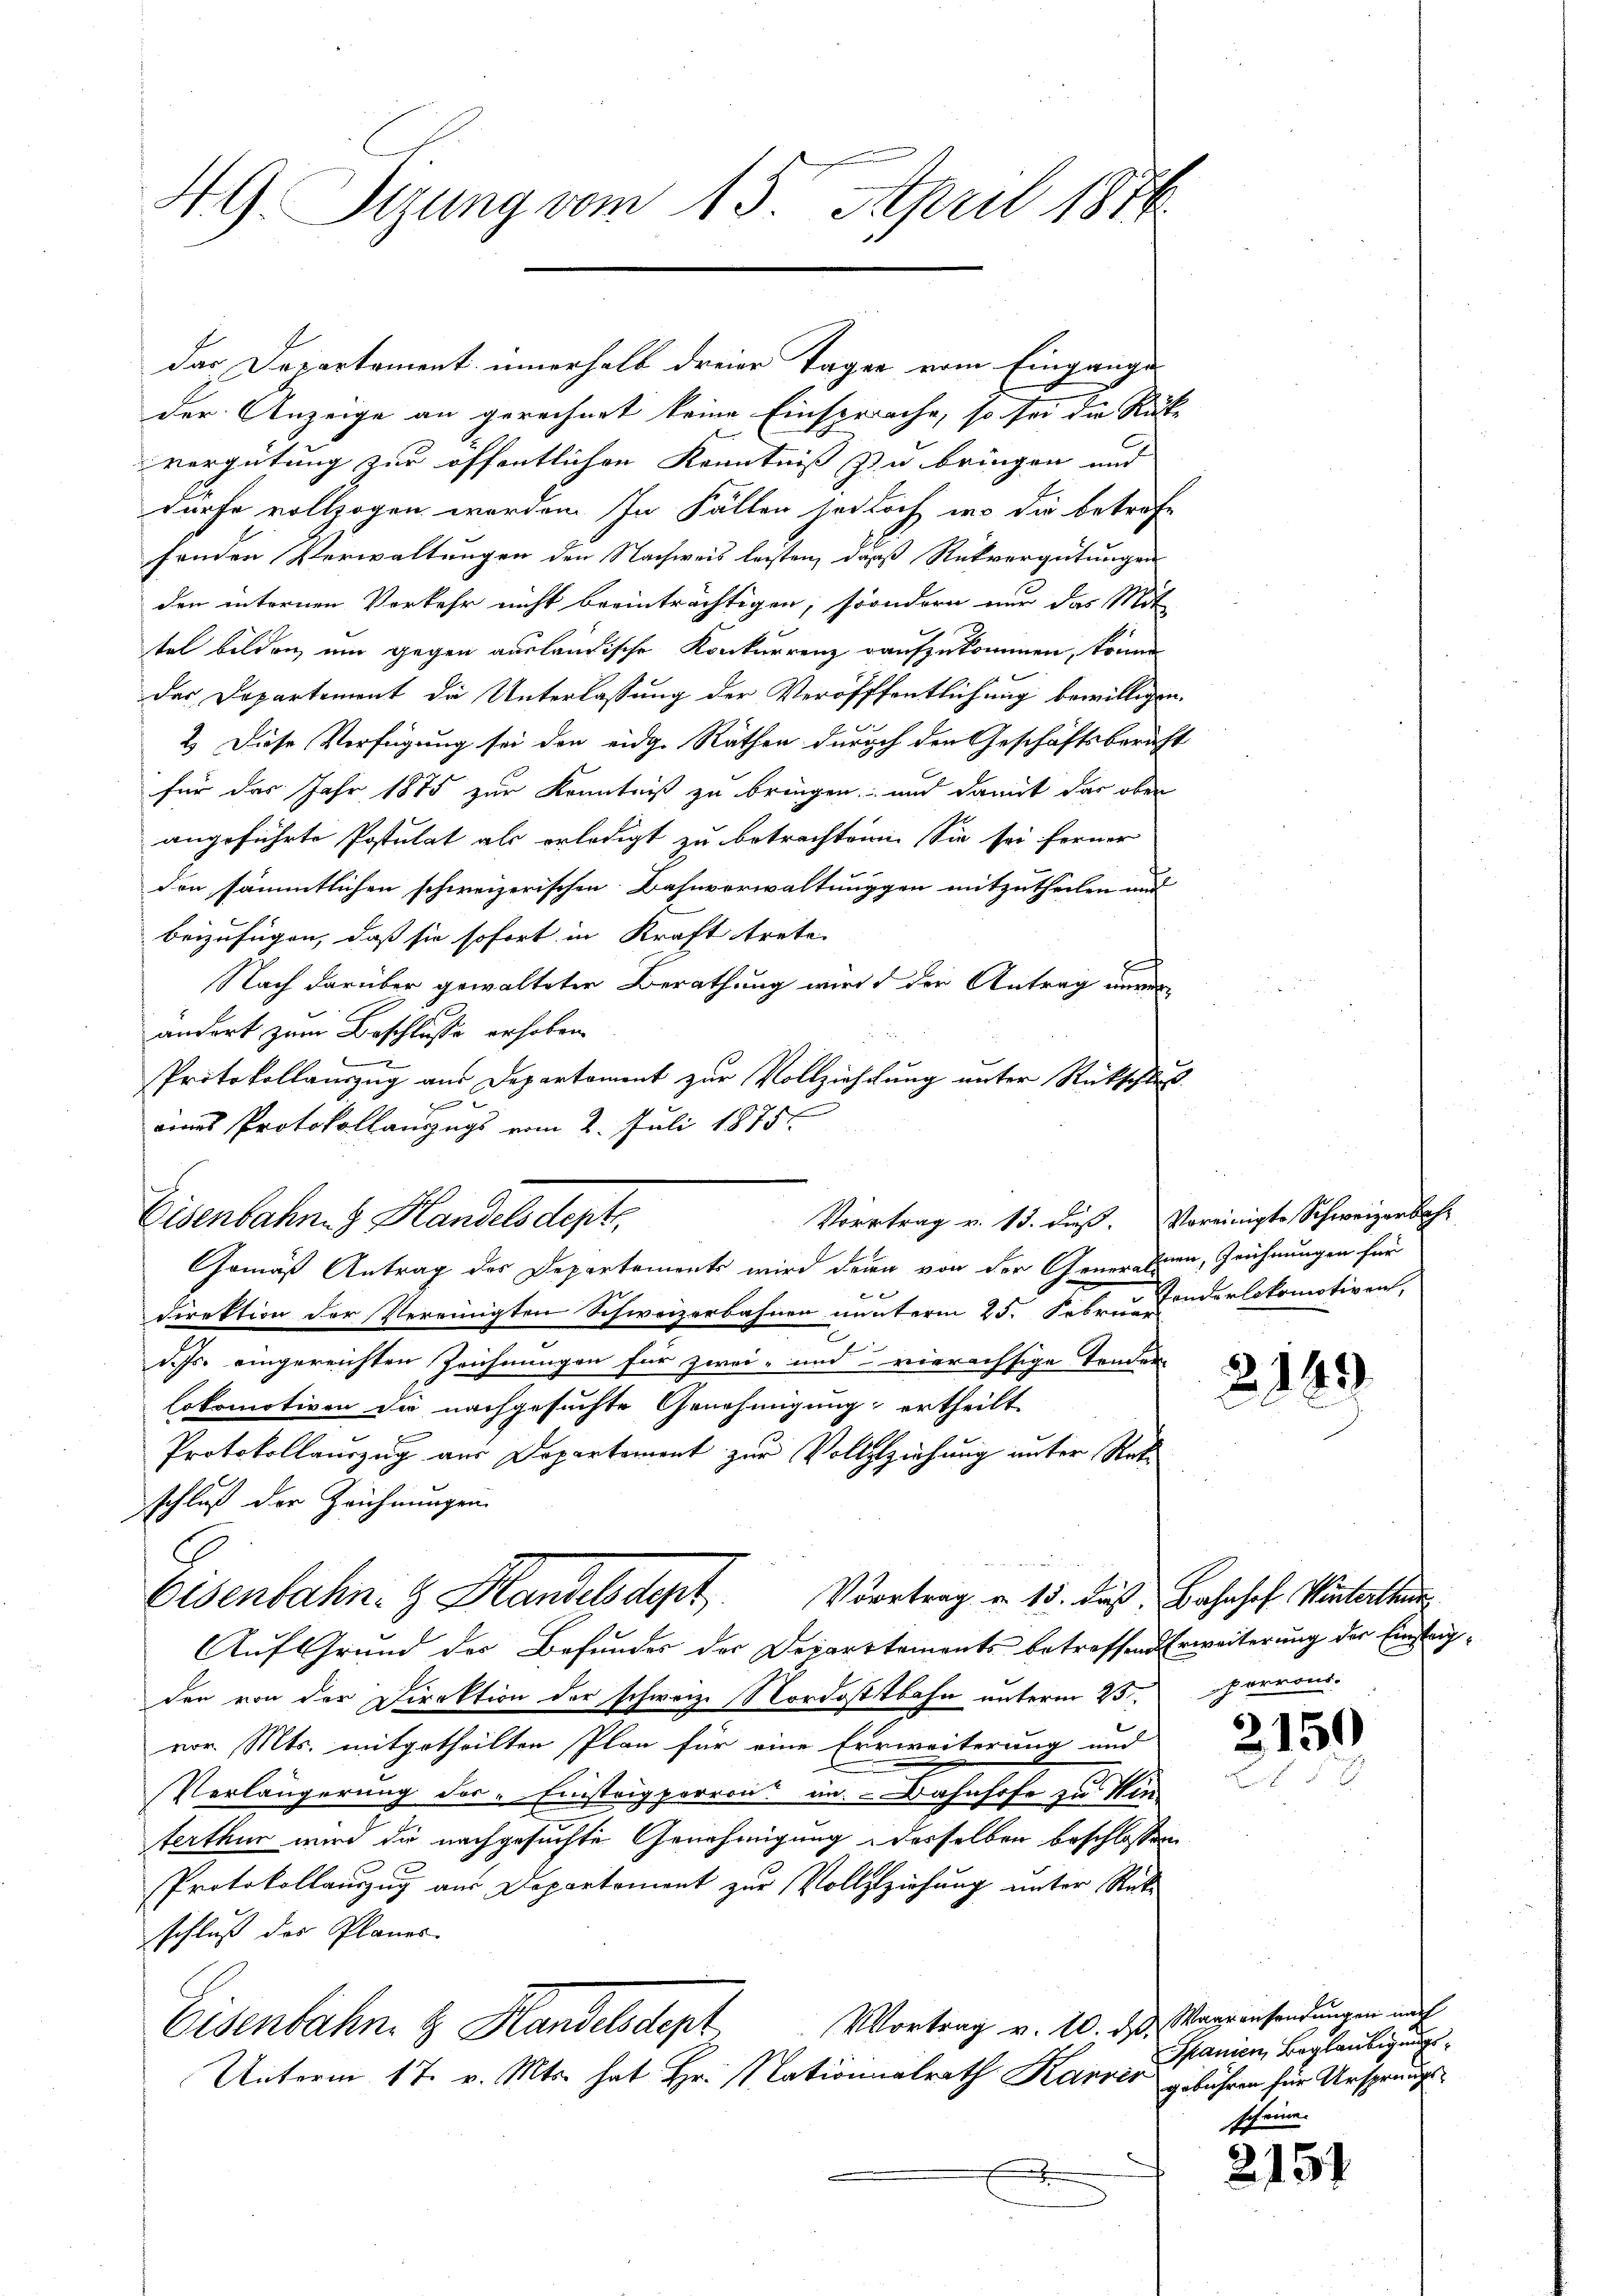
49. Sizung vom 15. April 1876.

das Departement innerhalb dreier Tagen vom Eingange
der Anzeige an gerechnet keine Einsprache, so sei die Rück-
vergütung zur öffentlichen Kenntniß zu bringen und
dürfe vollzogen worden. In Fällen so doch wo die beträfe
fenden Verwaltungen den Nachweis leisten, daß Rückvergütungen
den internen Verkehr nicht beeinträchtigen, soondern nur das Mit-
tel bilden, um gegen ausländische Konkurrenz aufzukommen, könne
der Departement die Unterlassung der Veröfffentlichung bewilligen.
2.) Diese Verfügung sei den eidg. Räthen durch den Geschäftsbericht
für das Jahr 1875 zur Kenntniß zu bringen, und damit das ober
angeführte Postulat als erledigt zu betrachten. Sie sei ferner
den sämmtlichen schweizerischen Bahnverwaltunggen mitzutheilen und
beizufügen, daß sie sofort in Kraft trete
Nach darüber gewalteter Berathung wird der Antrag unver-
andort zum Beschlusse erhoben.
c
Protokollauszug aus Departement zur Vollzieschung unter Rückschluß

.
eines Protokollanzugs vom 2. Juli 1875
Eisenbahng Handelsdept
Direktion der Vereinigten Schweizerbahnen nunterm 25. Sebra Conderlokomotiven,
d. Js. eingereichten Zeichnungen für zwei- und vierechtige Tender
lokomotiven die nachgesuchte Genehmigung ertheilt
Protokollauszug aus Departemont zur Vollziehung unter Stat
schluß der Zeichnungen

Eisenbahn- & Handelsdept Vortrag u. 15. Fuß Bahnhof. Winterthu
Auf Grund der Befundes der Departements betreffend Erweiterung der Einsteigden von der Direktion der schweiz. Nordostbahn unterm 25.
vor. Mts. mitgetheilten Plan für eine Errweiterung und
Verlängerung der - Einstripperron, in Bahnhofe zu Win
terthur wird die nachgesuchte Genehmigung desselben beschlossen
Protokollauszug aus Departement zur Vollzlziehung unter Rück-
schluß des Planes.
Vortrag v. 10. des Waarensendungen nach
Eisenbahn. H. Handelsdept
Unterm 17. v. Mts. hat Hr. Nationalrath Karrer
.

Vortrag v. 13. dieß. Voreinigte Schweizerbahr
Gemäß Antrag des Departements wird dein von der Generalien, Zeichnungen für

2143

Perrond.

2150

Manien Beglaubigungsgebühren für Ursprungs¬
Seiner

2157